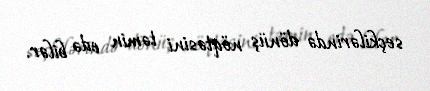
seçkilərində dönüş nöqtəsini təmin edə bilər.